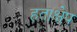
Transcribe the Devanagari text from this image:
हताक्षेप